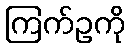
ကြက်ဥကို